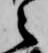
之